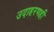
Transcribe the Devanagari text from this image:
उदाहरणही